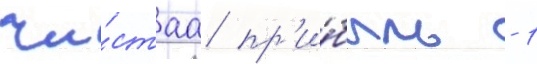
чи́стаа пр'и́быль - 1